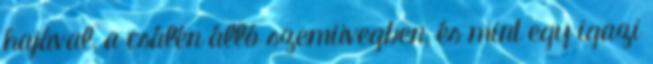
hajával, a csálén álló szemüvegben, és mint egy igazi